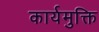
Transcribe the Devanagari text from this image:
कार्यमुक्ति